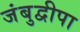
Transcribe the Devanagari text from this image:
जंबुद्वीपा